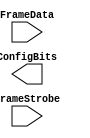
// Copyright 2021 University of Manchester
//
// Licensed under the Apache License, Version 2.0 (the "License");
// you may not use this file except in compliance with the License.
// You may obtain a copy of the License at
//
//      http://www.apache.org/licenses/LICENSE-2.0
//
// Unless required by applicable law or agreed to in writing, software
// distributed under the License is distributed on an "AS IS" BASIS,
// WITHOUT WARRANTIES OR CONDITIONS OF ANY KIND, either express or implied.
// See the License for the specific language governing permissions and
// limitations under the License.

module N_term_single2_ConfigMem (FrameData, FrameStrobe, ConfigBits);
	parameter MaxFramesPerCol = 20;
	parameter FrameBitsPerRow = 32;
	parameter NoConfigBits = 0;
	input [FrameBitsPerRow-1:0] FrameData;
	input [MaxFramesPerCol-1:0] FrameStrobe;
	output [NoConfigBits-1:0] ConfigBits;

//instantiate frame latches
endmodule